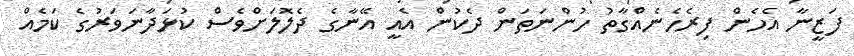
ފަޒީނާ އެހެން ފިރެހެނެއްގާތު ހުންނަތަން ދެކުން އެއީ އޭނާގެ ދެލޮލަށްވެސް ކުޅަދާނަވަރުގެ ކަމެއް